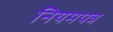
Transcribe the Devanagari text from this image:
नियमपत्र